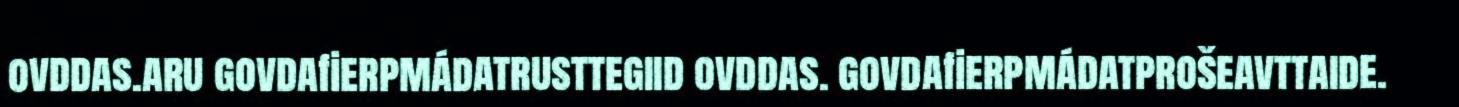
ovddas.aru govdafierpmádatrusttegiid ovddas. govdafierpmádatprošeavttaide.